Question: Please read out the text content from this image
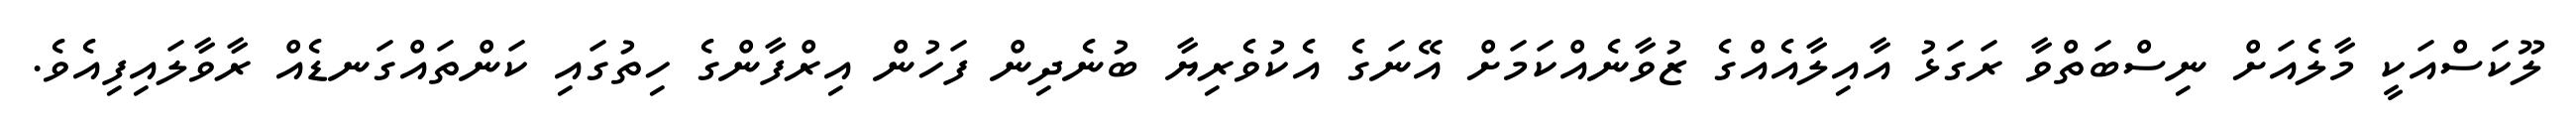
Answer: ލޫކަސްއަކީ މާލެއަށް ނިސްބަތްވާ ރަގަޅު އާއިލާއެއްގެ ޒުވާނެއްކަމަށް އޭނަގެ އެކުވެރިޔާ ބުނެދިން ފަހުން އިރްފާންގެ ހިތުގައި ކަންތައްގަނޑެއް ރާވާލައިފިއެވެ.